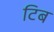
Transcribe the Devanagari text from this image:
टिब